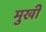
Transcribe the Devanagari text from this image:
मुखीं